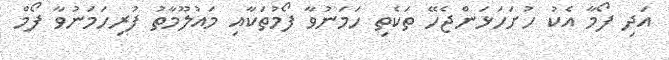
އަދި ފޯމާ އެކު ހުށަހަޅަންޖެހޭ ތަކެތި ހަމަނުވާ ފޯމުތަކާއި މައުލޫމާތު ފުރިހަމަނުވާ ފޯމް